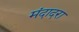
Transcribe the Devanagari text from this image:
मंदादरा